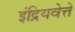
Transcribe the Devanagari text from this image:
इंद्रियवेत्ते